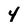
Character: 4